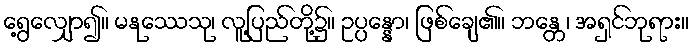
ရွေ့လျှော၍။ မနုဿေသု၊ လူ့ပြည်တို့၌။ ဥပ္ပန္နော၊ ဖြစ်ချေ၏။ ဘန္တေ၊ အရှင်ဘုရား။